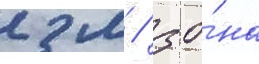
2 м / зо́на